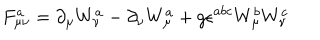
F _ { \mu \nu } ^ { a } = \partial _ { \mu } W _ { \nu } ^ { a } - \partial _ { \nu } W _ { \mu } ^ { a } + g \epsilon ^ { a b c } W _ { \mu } ^ { b } W _ { \nu } ^ { c }